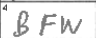
Transcription: BFW